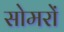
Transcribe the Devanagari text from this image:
सोमरों